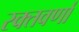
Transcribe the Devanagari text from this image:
रक्तवर्णां